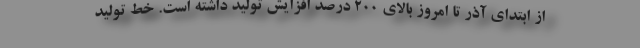
از ابتدای آذر تا امروز بالای ۲۰۰ درصد افزایش تولید داشته است. خط تولید